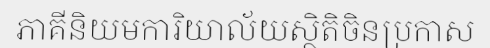
ភាគីនិយមការិយាល័យស្ថិតិចិនប្រកាស